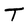
Character: T